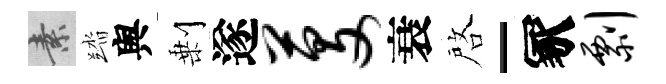
素踏舆剰遂芟衰啓-冢剽